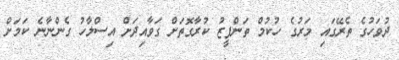
ދުވަހުގެ ތެރޭގައި މަރުގެ ހުކުމް ތަންފީޒު ކުރާގޮތަށް ގަވާއިދަށް އިސްލާހު ގެންނާނެ ކަމަށް